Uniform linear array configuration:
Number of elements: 48
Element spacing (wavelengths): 0.75
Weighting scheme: uniform
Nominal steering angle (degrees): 60
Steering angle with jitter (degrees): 61.272
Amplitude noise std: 0.05
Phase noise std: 0.05

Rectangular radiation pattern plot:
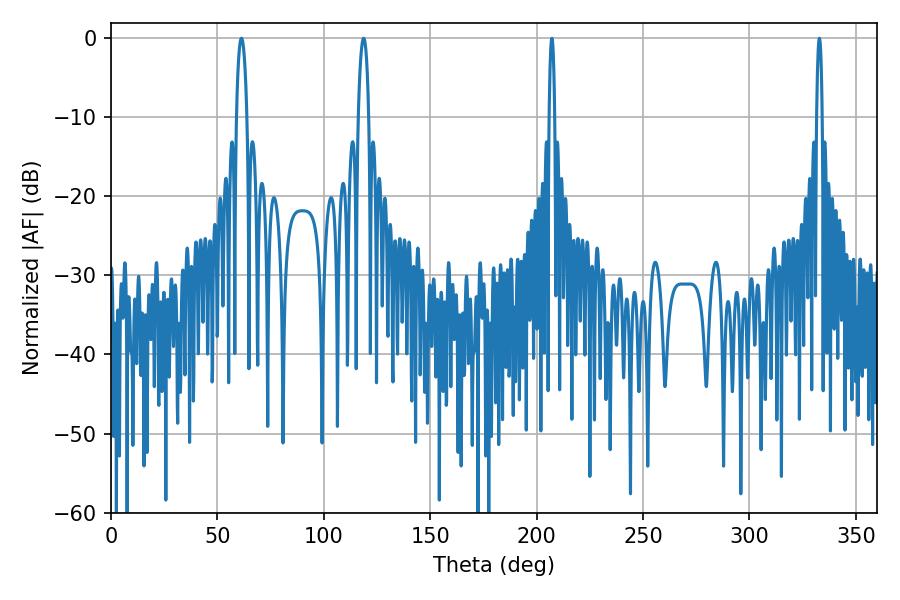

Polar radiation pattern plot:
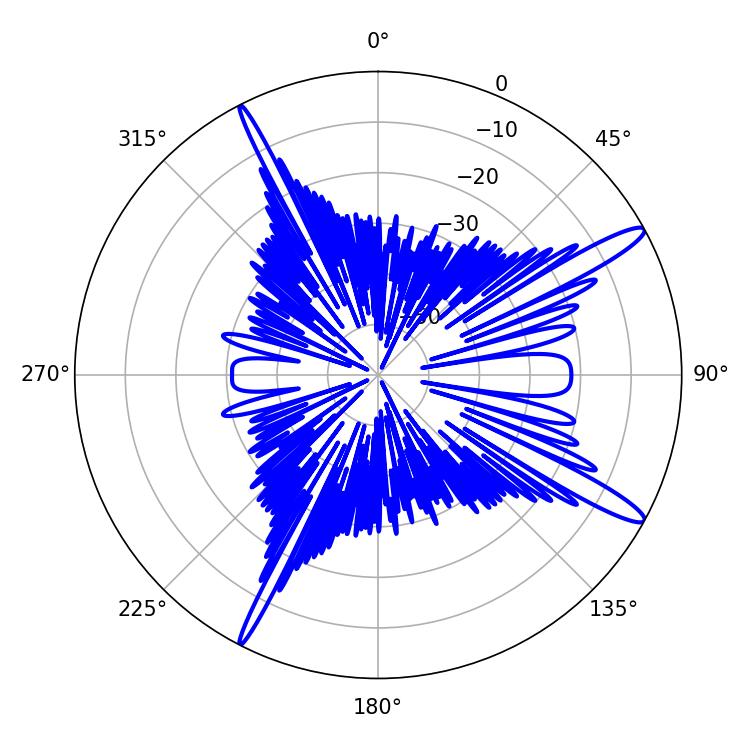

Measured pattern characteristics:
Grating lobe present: TRUE
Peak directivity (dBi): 14.377
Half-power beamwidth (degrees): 1.44
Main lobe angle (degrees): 207.18